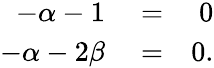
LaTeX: \begin{array}{rlr}{-\alpha-1}&{{}=}&{0}\\ {-\alpha-2\beta}&{{}=}&{0.}\end{array}